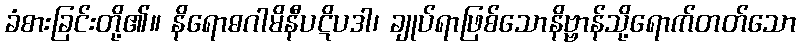
ခံစားခြင်းတို့၏။ နိရောဓဂါမိနီပဋိပဒါ၊ ချုပ်ရာဖြစ်သောနိဗ္ဗာန်သို့ရောက်တတ်သော